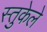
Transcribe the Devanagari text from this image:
स्तुकेले